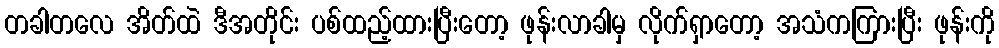
တခါတလေ အိတ်ထဲ ဒီအတိုင်း ပစ်ထည့်ထားပြီးတော့ ဖုန်းလာခါမှ လိုက်ရှာတော့ အသံကကြားပြီး ဖုန်းကို